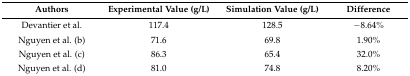
| Authors | Experimental Value (g/L) | Simulation Value (g/L) | Difference |
 | --- | --- | --- | --- |
 | Devantier et al. | 117.4 | 128.5 | −8.64% |
 | Nguyen et al. (b) | 71.6 | 69.8 | 1.90% |
 | Nguyen et al. (c) | 86.3 | 65.4 | 32.0% |
 | Nguyen et al. (d) | 81.0 | 74.8 | 8.20% |